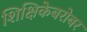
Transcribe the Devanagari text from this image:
शिक्षिकेबरोबर